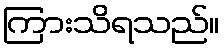
ကြားသိရသည်။